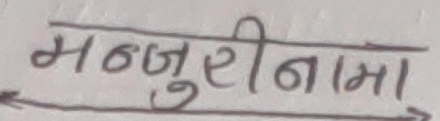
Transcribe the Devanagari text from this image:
मञ्जुरीनामा